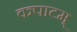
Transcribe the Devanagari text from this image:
कपाटम्